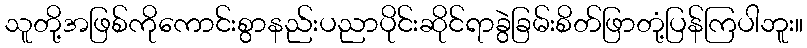
သူတို့အဖြစ်ကိုကောင်းစွာနည်းပညာပိုင်းဆိုင်ရာခွဲခြမ်းစိတ်ဖြာတုံ့ပြန်ကြပါဘူး။